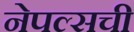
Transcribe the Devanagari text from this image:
नेपल्सची